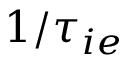
1 / \tau _ { i e }